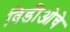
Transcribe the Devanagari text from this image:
विडीओचे